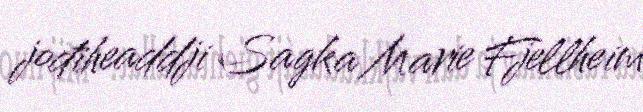
jođiheaddji Sagka Marie Fjellheim